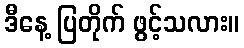
ဒီနေ့ ပြတိုက် ဖွင့်သလား။